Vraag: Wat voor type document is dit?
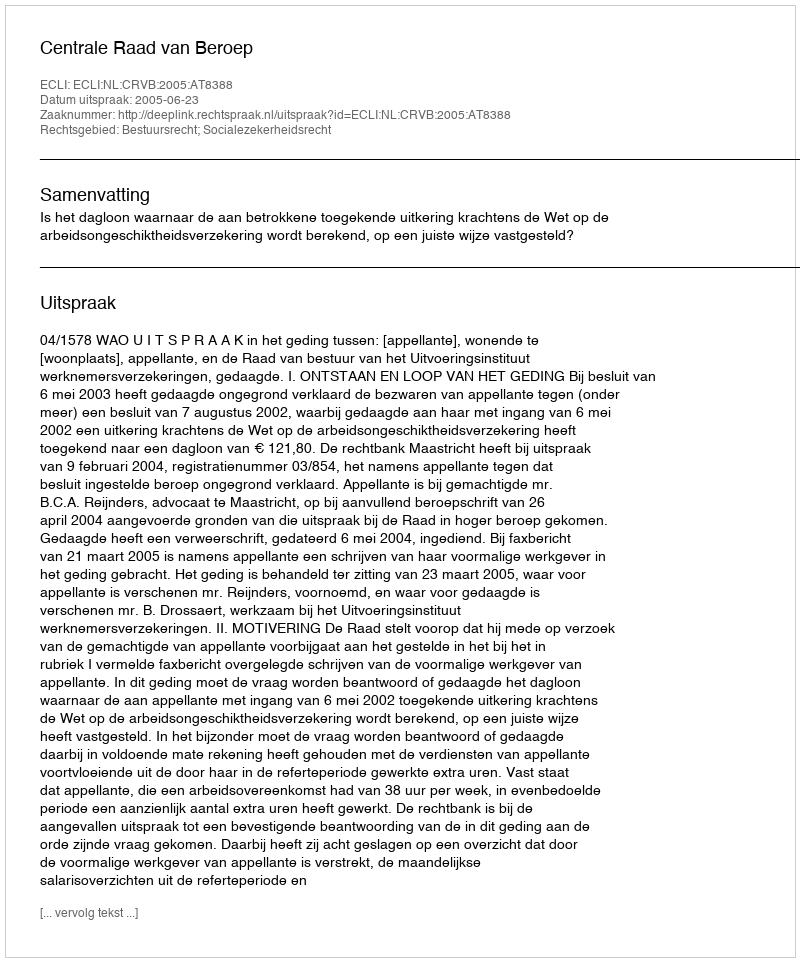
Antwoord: Uitspraak